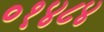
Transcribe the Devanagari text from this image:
०१४८४